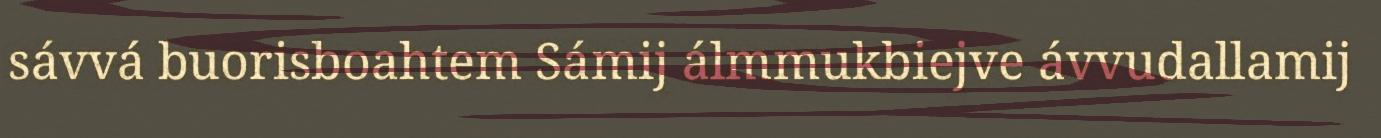
sávvá buorisboahtem Sámij álmmukbiejve ávvudallamij